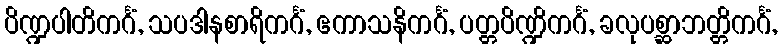
ပိဏ္ဍပါတိကင်္ဂံ, သပဒါနစာရိကင်္ဂံ, ဧကာသနိကင်္ဂံ, ပတ္တပိဏ္ဍိကင်္ဂံ, ခလုပစ္ဆာဘတ္တိကင်္ဂံ,